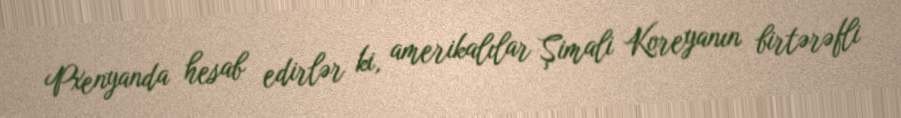
Pxenyanda hesab edirlər ki, amerikalılar Şimali Koreyanın birtərəfli